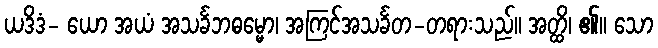
ယဒိဒံ- ယော အယံ အသင်္ခဘဓမ္မော၊ အကြင်အသင်္ခတ-တရားသည်။ အတ္ထိ၊ ၏။ သော